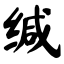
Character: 缄